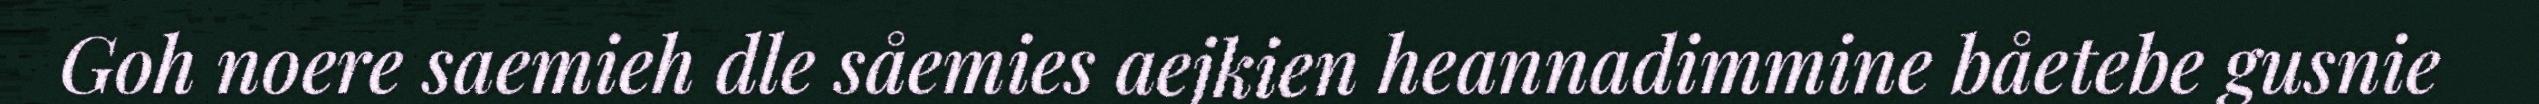
Goh noere saemieh dle såemies aejkien heannadimmine båetebe gusnie